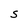
Character: s